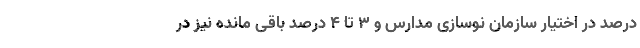
درصد در اختیار سازمان نوسازی مدارس و ۳ تا ۴ درصد باقی مانده نیز در